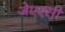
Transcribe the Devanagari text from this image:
जेएएसी